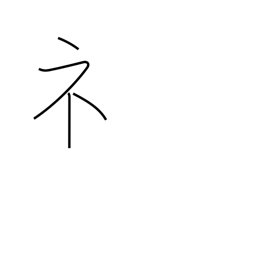
Meaning: showing radical (no. 113)